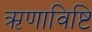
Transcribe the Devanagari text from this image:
ऋणाविष्टि